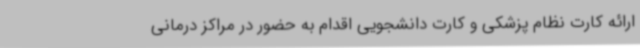
ارائه کارت نظام پزشکی و کارت دانشجویی اقدام به حضور در مراکز درمانی